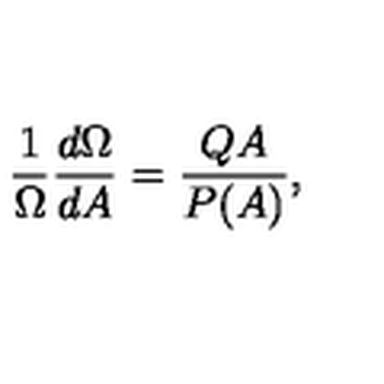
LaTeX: \frac { 1 } { \Omega } \frac { d \Omega } { d A } = \frac { Q A } { P ( A ) } ,